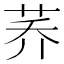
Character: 荞